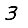
Digit: 3